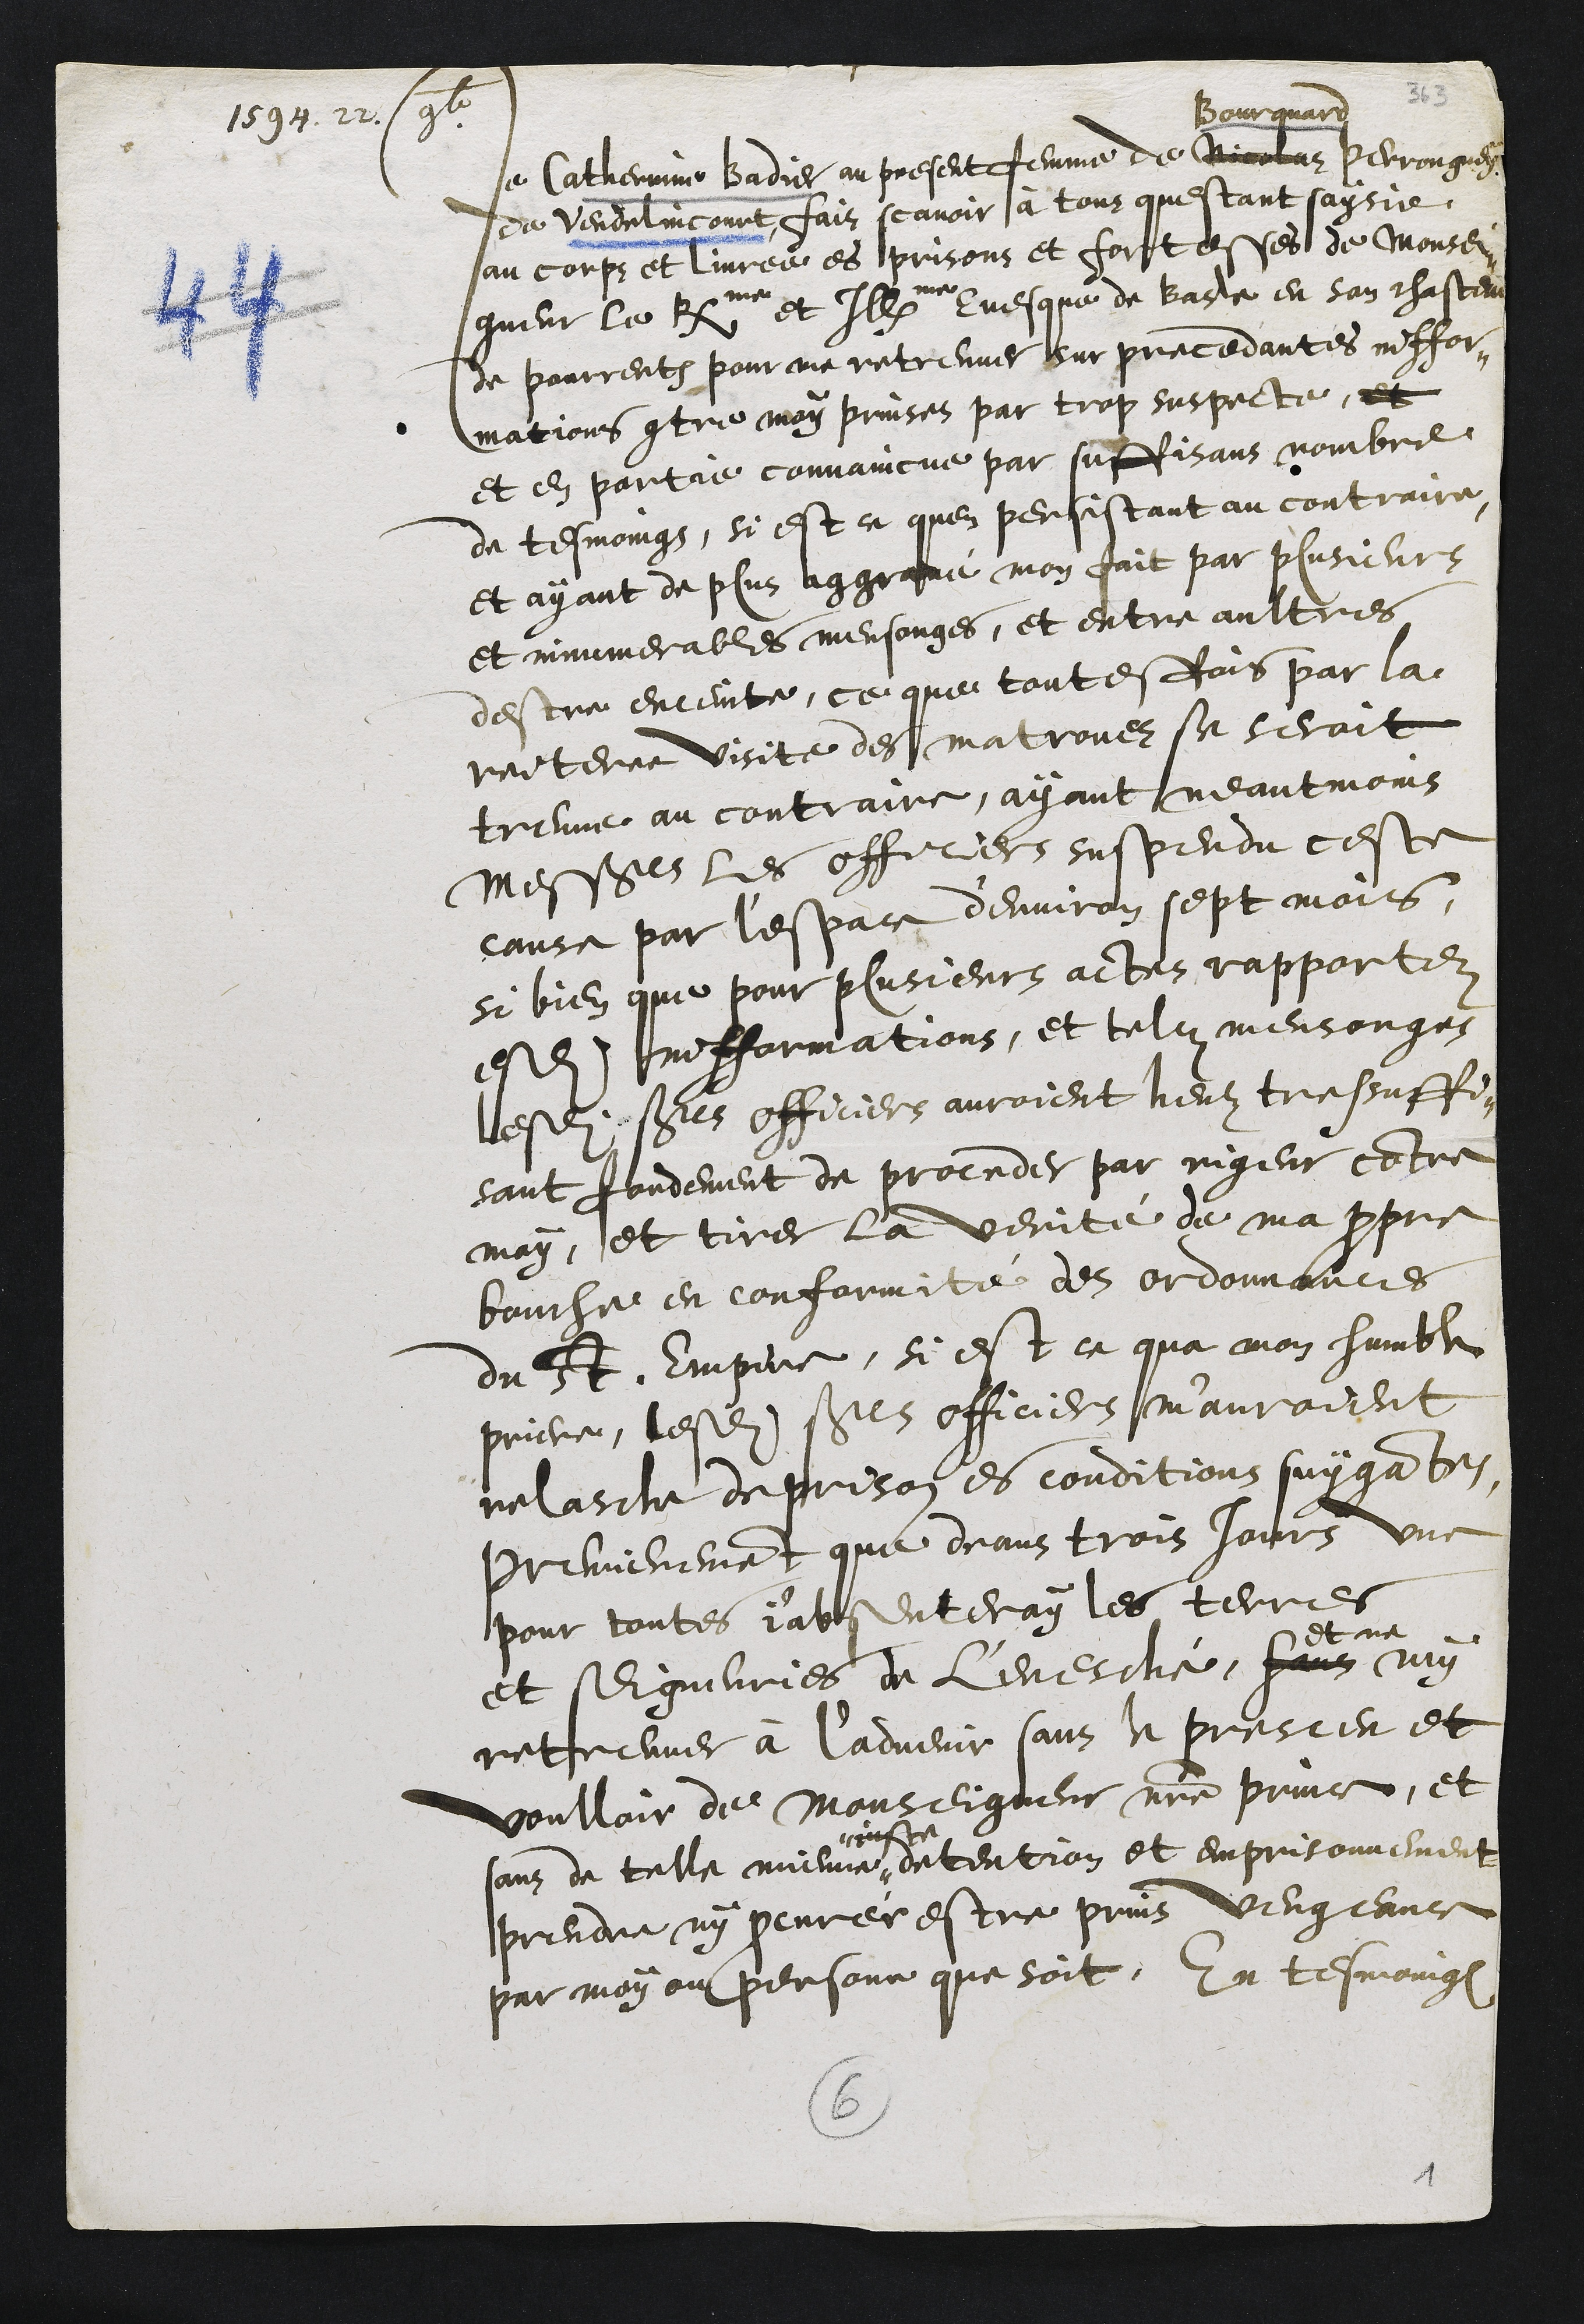
1594. 22 9b
Je Catherinne Badier au present femme de Nicolas
Bourquard
Perronguey
de Vendelincourt fais scavoir à tous questant saisie
au corps et livree es prisons et fortesses de Monsei¬
gueur le Rme et Illme Evesque de Basle en son chasteau
de pourrentruy pour me retreuver sur precedantes inffor-
mations contre moy prinses par trop suspecte, et
et en partie convaincue par suffisans nombre
de tesmoings, si est ce quen persistant au contraire
et ayant de plus aggrave mon fait par plusieurs
et innumerables mensonges, et entre aultres
destre enceinte, ce que toutesfois par la
reiteree visite des matronez se seroit
treuve au contraire, ayant neantmoins
Messieurs les officiers suspendu ceste
cause par l'espace d'environ sept mois,
si bien que pour plusieurs actes rapportez
esdites infformations, et telz mensonges
lesdits sieurs officiers auroient heuz tressuffi¬
sant fondement de proceder par rigeur contre
moy, et tirer la verité de ma propre
bouche en conformité des ordonnances
du St. Empire, si est ce qua mon humble
priere, lesdites sieurs officiers m'auroient
relasche de prison es conditions suygantes
Premierement que deans trois jours une
pour toutes j'absenteray les terres
et seigneuries de l'evesché, sans
et ne
my
retreuver à l'advenir sans le presceu et
voulloir de Monseigneur notre prince, et
sans de telle mienne #
# juste
detention et emprisonnement
prendre ny procurer estre prins vengeance
par moy ou personne que soit. En tesmoing
6
1